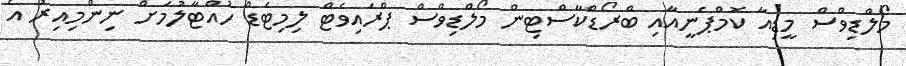
މޯލްޑިވްސް މީޑިއާ ކޮމްޕެނީއާއި ބްރޯޑްކާސްޓިން މޯލްޑިވްސް ޕްރައިވެޓް ލިމިޓެޑް ހުއްޓާލުމަށް ނިންމިއިރު އެ